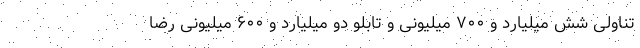
تناولی شش میلیارد و ۷۰۰ میلیونی و تابلو دو میلیارد و ۶۰۰ میلیونی رضا